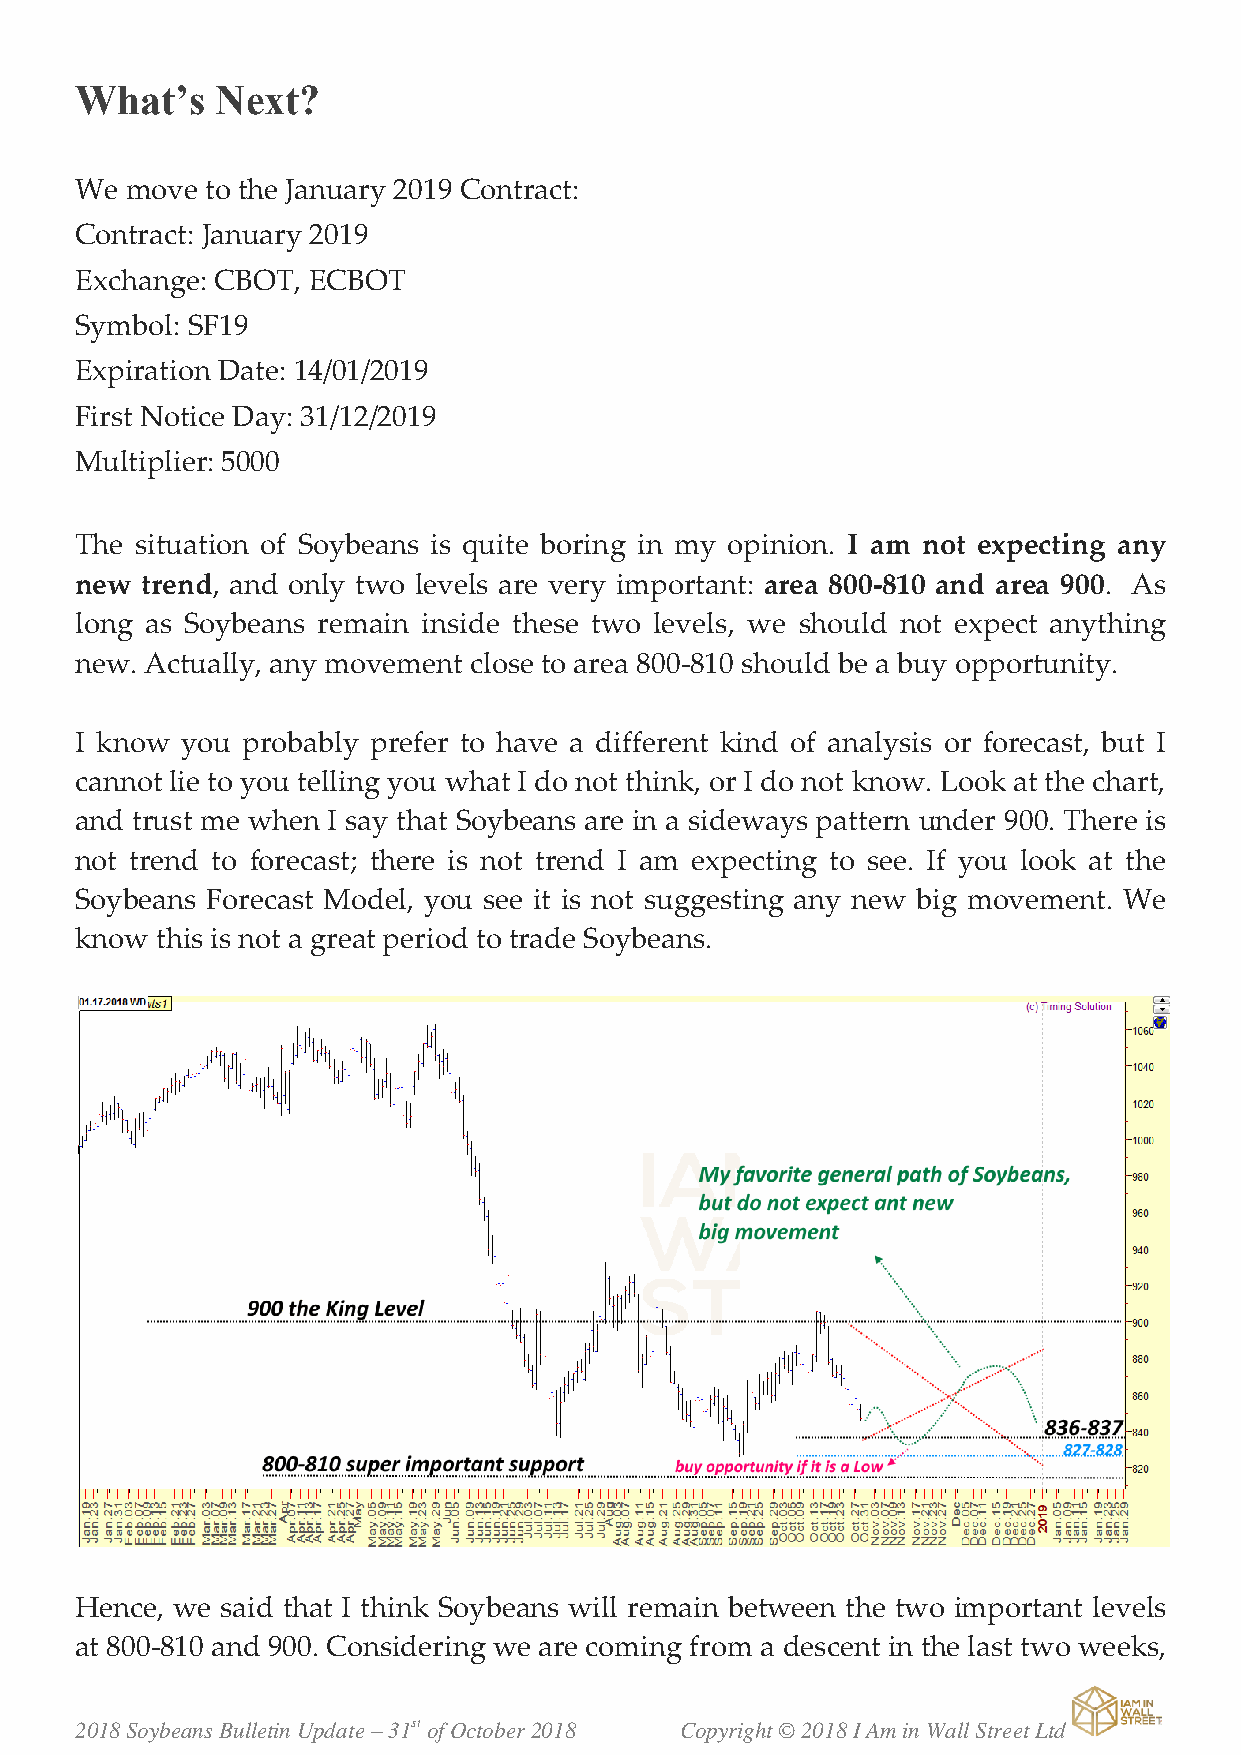
What’s   Next?
 We move  to the January 2019 Contract:
 Contract: January 2019
 Exchange: CBOT, ECBOT
 Symbol: SF19
 Expiration Date: 14/01/2019
 First Notice Day: 31/12/2019
 Multiplier: 5000
 The situation of Soybeans is quite boring in my opinion. I am not expecting any
 new trend, and only two levels are very important: area 800-810 and area 900. As
 long as Soybeans remain inside these two levels, we should not expect anything
 new. Actually, any movement close to area 800-810 should be a buy opportunity.
 I know you probably prefer to have a different kind of analysis or forecast, but I
 cannot lie to you telling you what I do not think, or I do not know. Look at the chart,
 and trust me when I say that Soybeans are in a sideways pattern under 900. There is
 not trend to forecast; there is not trend I am expecting to see. If you look at the
 Soybeans Forecast Model, you see it is not suggesting any new big movement. We
 know this is not a great period to trade Soybeans.
 Hence, we said that I think Soybeans will remain between the two important levels
 at 800-810 and 900. Considering we are coming from a descent in the last two weeks,
 2018 Soybeans Bulletin Update – 31st of October 2018 Copyright © 2018 I Am in Wall Street Ltd